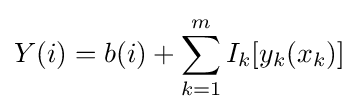
Y(i)=b(i)+\sum _{k=1}^{m}{I_{k}[y_{k}(x_{k})]}